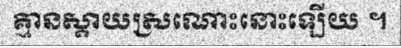
គ្មានស្តាយស្រណោះនោះឡើយ ។